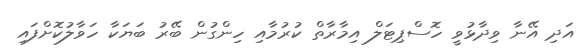
އަދި އޭނާ ވިދާޅުވީ ހޮސްޕިޓަލް އިމާރާތް ކުރުމާއި ހިންގުން ބޭރު ބަޔަކާ ހަވާލުކޮށްފައި